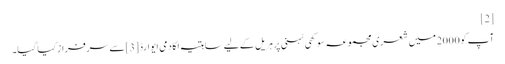
[2]
آپ کو 2000 میں شعری مجموعہ سوکھی ٹہنی پر ہریل کے لیے ساہتیہ اکادمی ایوارڈ [3]سے سرفراز کیا گیا۔